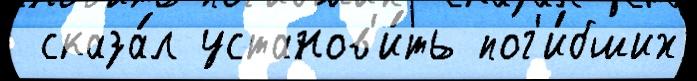
 сказа́л установ'и́ть пог'и́бших